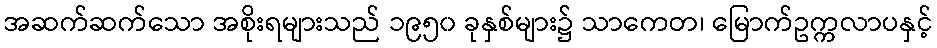
အဆက်ဆက်သော အစိုးရများသည် ၁၉၅၀ ခုနှစ်များ၌ သာကေတ၊ မြောက်ဥက္ကလာပနှင့်